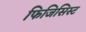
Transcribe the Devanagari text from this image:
फिजिसिस्ट